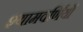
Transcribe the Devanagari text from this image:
श्यामवर्णियों